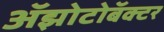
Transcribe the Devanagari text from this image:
अॅझोटोबॅक्टर